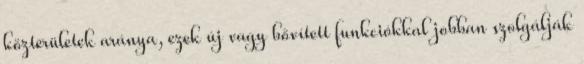
közterületek aránya, ezek új vagy bővített funkciókkal jobban szolgálják